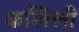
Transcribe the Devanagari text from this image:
कलिली